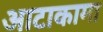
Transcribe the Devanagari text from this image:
आटाकामा